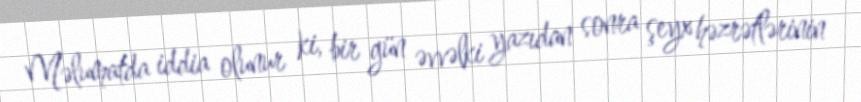
Məlumatda iddia olunur ki, bir gün əvvəlki yazıdan sonra şeyx həzrətlərinin